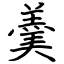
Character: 羮